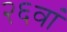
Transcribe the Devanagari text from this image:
२६वां